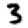
Digit: 3